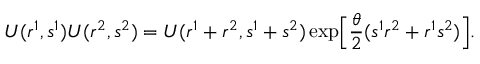
U ( r ^ { 1 } , s ^ { 1 } ) U ( r ^ { 2 } , s ^ { 2 } ) = U ( r ^ { 1 } + r ^ { 2 } , s ^ { 1 } + s ^ { 2 } ) \exp \Bigl [ \frac { \theta } { 2 } ( s ^ { 1 } r ^ { 2 } + r ^ { 1 } s ^ { 2 } ) \Bigr ] .